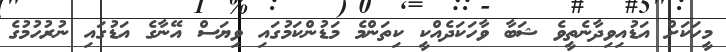
މީހަކަށް އަޑުއިވިދާނެތީވެ ޝަބާ ވާހަކަދެއްކީ ކިތަންމެ މަޑުންކަމުގައި ވިޔަސް އޭނާގެ އަޑުގައި ނުރުހުމުގެ